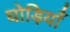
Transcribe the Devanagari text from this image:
घोड़ियाँ